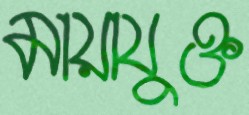
মায়াযুক্ত